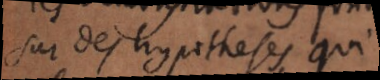
sur des hypotheses qui